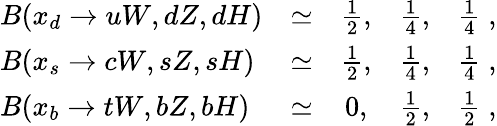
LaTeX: \begin{array}{lcccc}{{B(x_{d}\to uW,dZ,dH)}}&{{\simeq}}&{{{\frac{1}{2}},}}&{{{\frac{1}{4}},}}&{{{\frac{1}{4}}\; ,}}\\ {{B(x_{s}\to cW,sZ,sH)}}&{{\simeq}}&{{{\frac{1}{2}},}}&{{{\frac{1}{4}},}}&{{{\frac{1}{4}}\; ,}}\\ {{B(x_{b}\to tW,bZ,bH)}}&{{\simeq}}&{{0,}}&{{{\frac{1}{2}},}}&{{{\frac{1}{2}}\; ,}}\end{array}